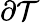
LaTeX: \partial\mathcal{T}